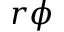
r \phi